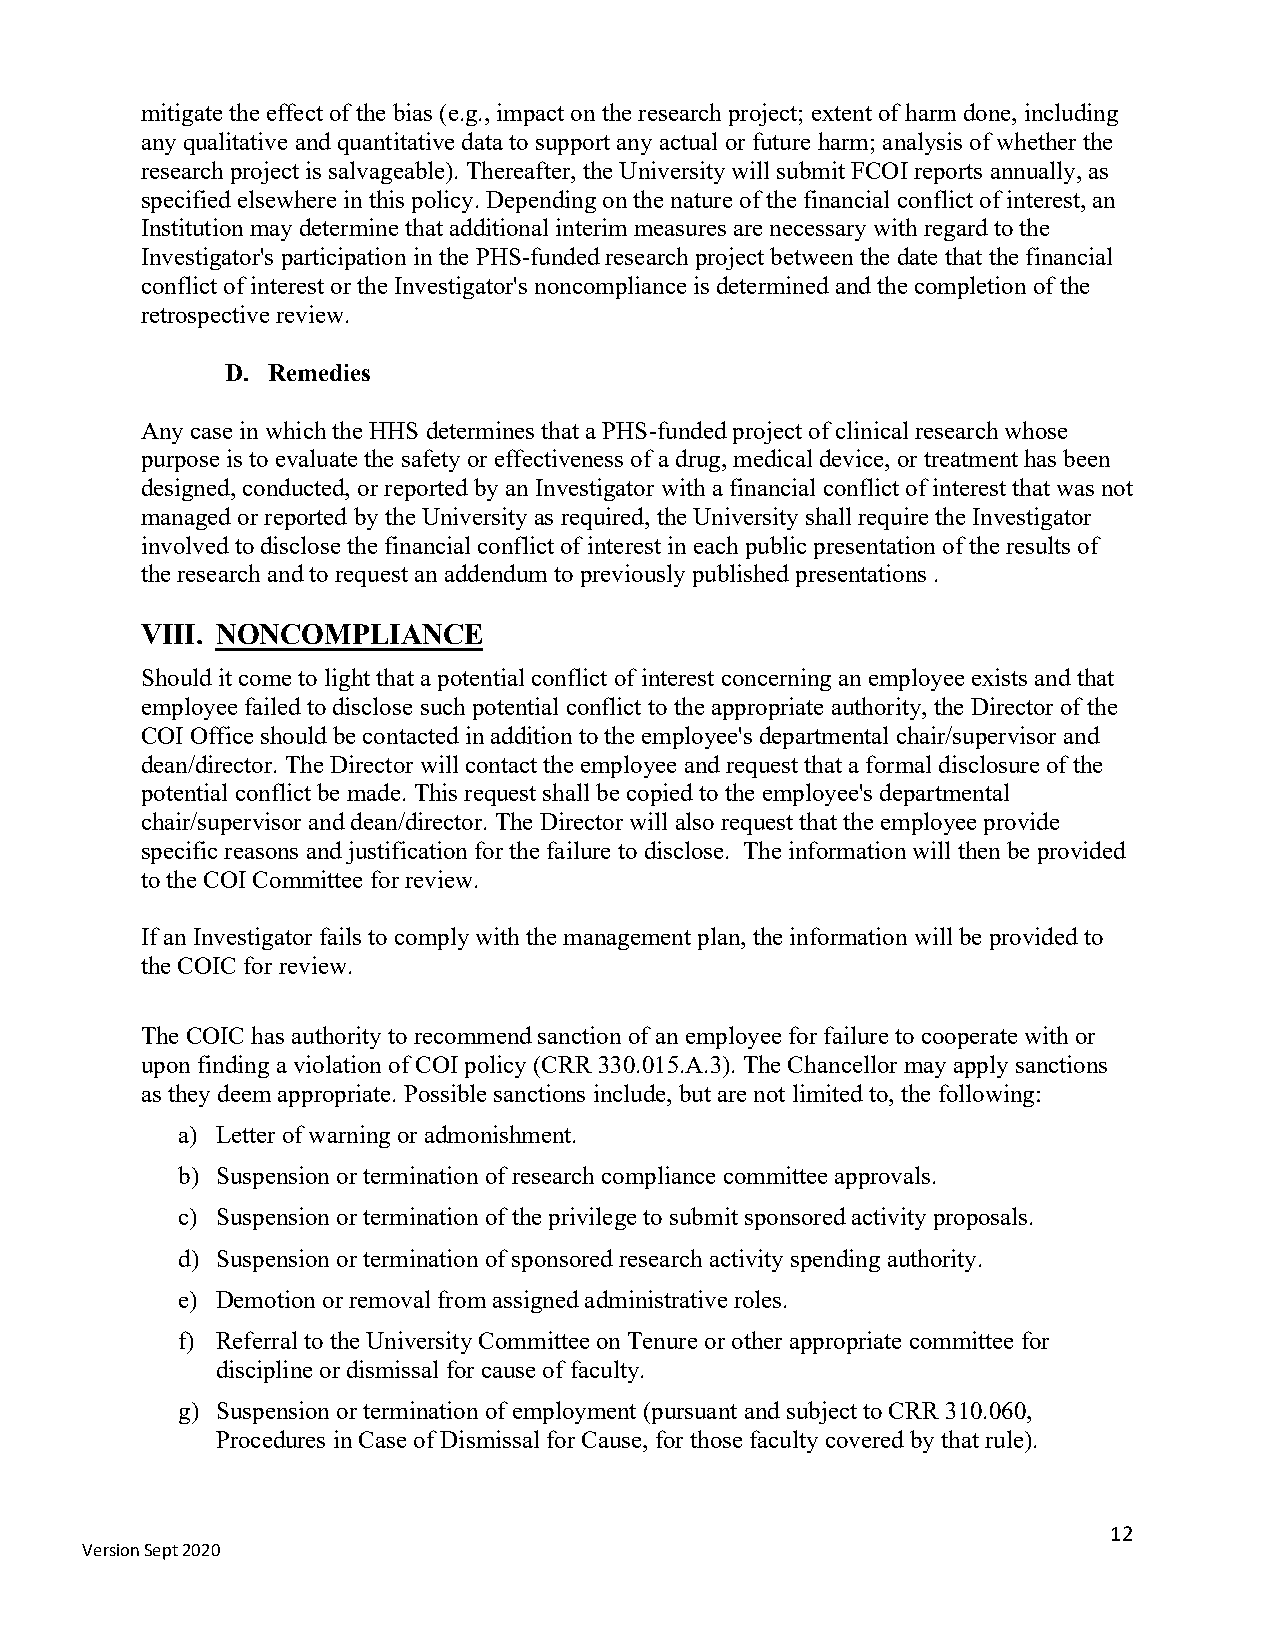
mitigate the effect of the bias (e.g., impact on the research project; extent of harm done, including
 any qualitative and quantitative data to support any actual or future harm; analysis of whether the
 research project is salvageable). Thereafter, the University will submit FCOI reports annually, as
 specified elsewhere in this policy. Depending on the nature of the financial conflict of interest, an
 Institution may determine that additional interim measures are necessary with regard to the
 Investigator's participation in the PHS-funded research project between the date that the financial
 conflict of interest or the Investigator's noncompliance is determined and the completion of the
 retrospective review.
 D. Remedies
 Any case in which the HHS determines that a PHS-funded project of clinical research whose
 purpose is to evaluate the safety or effectiveness of a drug, medical device, or treatment has been
 designed, conducted, or reported by an Investigator with a financial conflict of interest that was not
 managed or reported by the University as required, the University shall require the Investigator
 involved to disclose the financial conflict of interest in each public presentation of the results of
 the research and to request an addendum to previously published presentations .
 VIII. NONCOMPLIANCE
 Should it come to light that a potential conflict of interest concerning an employee exists and that
 employee failed to disclose such potential conflict to the appropriate authority, the Director of the
 COI Office should be contacted in addition to the employee's departmental chair/supervisor and
 dean/director. The Director will contact the employee and request that a formal disclosure of the
 potential conflict be made. This request shall be copied to the employee's departmental
 chair/supervisor and dean/director. The Director will also request that the employee provide
 specific reasons and justification for the failure to disclose. The information will then be provided
 to the COI Committee for review.
 If an Investigator fails to comply with the management plan, the information will be provided to
 the COIC for review.
 The COIC has authority to recommend sanction of an employee for failure to cooperate with or
 upon finding a violation of COI policy (CRR 330.015.A.3). The Chancellor may apply sanctions
 as they deem appropriate. Possible sanctions include, but are not limited to, the following:
 a) Letter of warning or admonishment.
 b) Suspension or termination of research compliance committee approvals.
 c) Suspension or termination of the privilege to submit sponsored activity proposals.
 d) Suspension or termination of sponsored research activity spending authority.
 e) Demotion or removal from assigned administrative roles.
 f) Referral to the University Committee on Tenure or other appropriate committee for
 discipline or dismissal for cause of faculty.
 g) Suspension or termination of employment (pursuant and subject to CRR 310.060,
 Procedures in Case of Dismissal for Cause, for those faculty covered by that rule).
 12
 Version Sept 2020